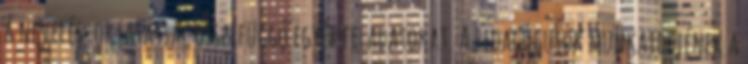
a nevelés-oktatással összefüggő egyéb feladatokat. A pedagógusok munkaidejének a